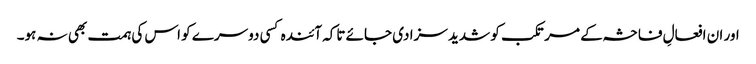
اور ان افعالِ فاحشہ کے مرتکب کو شدید سزا دی جائے تاکہ آئندہ کسی دوسرے کو اس کی ہمت بھی نہ ہو۔